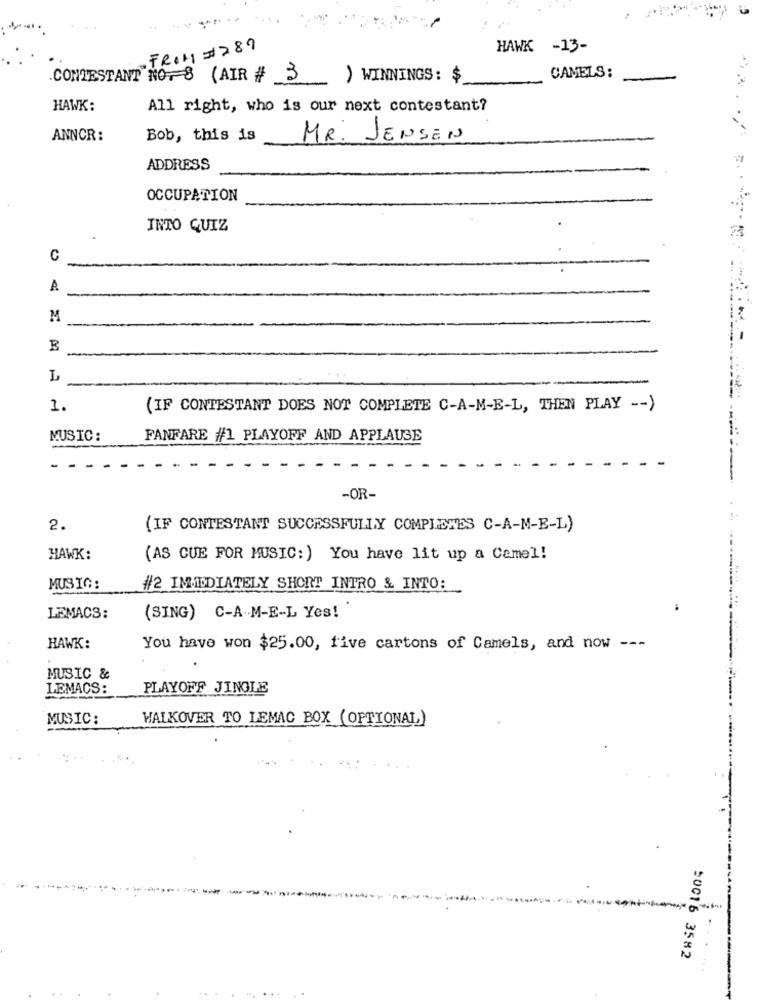
FROM # 289
HAWK -13-
CONTESTANT NO. 8 (AIR # 3
) WINNINGS: $
CAMELS:
HAWK:
All right, who is our next contestant?
ANNCR:
Bob, this is
MR. JENSEN
ADDRESS
OCCUPATION
INTO QUIZ
C
A
M
L
1.
(IF CONTESTANT DOES NOT COMPLETE C-A-M-E-L, THEN PLAY -- )
MUSIC:
FANFARE #1 PLAYOFF AND APPLAUSE
-
-OR-
2.
(IF CONTESTANT SUCCESSFULLY COMPLETES C-A-M-E-L)
HAWK:
(AS CUE FOR MUSIC:) You have lit up a Cemel!
MUSIC:
#2 IMMEDIATELY SHORT INTRO & INTO:
LEMACS:
(SING) C-A-M-E-L Yes!
HAWK:
You have won $25.00, five cartons of Camels, and now ---
MUSIC &
LEMACS:
PLAYOFF JINGLE
MUSIC:
WALKOVER TO LEMAC BOX (OPTIONAL)
50016 3582
......
---